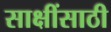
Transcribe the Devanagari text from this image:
साक्षींसाठी